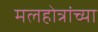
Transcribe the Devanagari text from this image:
मलहोत्रांच्या